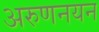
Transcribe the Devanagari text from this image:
अरुणनयन